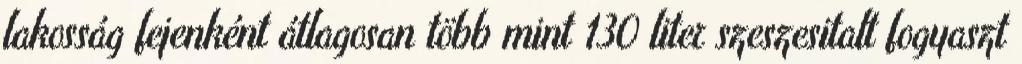
lakosság fejenként átlagosan több mint 130 liter szeszesitalt fogyaszt